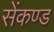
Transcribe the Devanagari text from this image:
सेंकण्ड